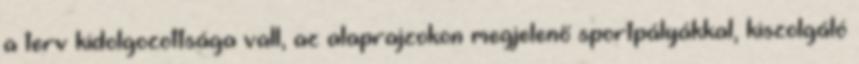
a terv kidolgozottsága vall, az alaprajzokon megjelenő sportpályákkal, kiszolgáló